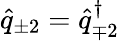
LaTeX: \hat{q}_{\pm 2}=\hat{q}_{\mp 2}^{\dagger}